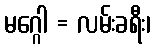
မဂ္ဂေါ = လမ်းခရီး၊